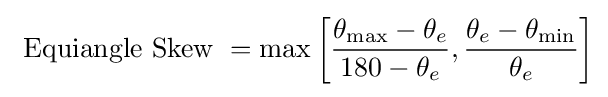
{\text{ Equiangle Skew }}=\max {\left[{\frac {\theta _{\text{max}}-\theta _{e}}{180-\theta _{e}}},{\frac {\theta _{e}-\theta _{\text{min}}}{\theta _{e}}}\right]}